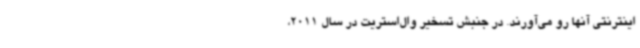
اینترنتی آنها رو می‌آورند. در جنبش تسخیر وال‌استریت در سال 2011،